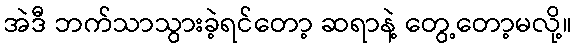
အဲဒီ ဘက်သာသွားခဲ့ရင်တော့ ဆရာနဲ့ တွေ့တော့မလို့။